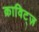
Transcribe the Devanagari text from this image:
क्राविट्ज़